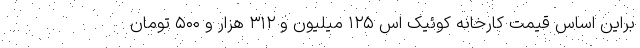
براین اساس قیمت کارخانه کوئیک اس ۱۲۵ میلیون و ۳۱۲ هزار و ۵۰۰ تومان